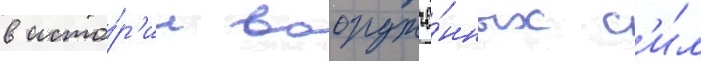
в исто́р'ии вооружё́нных с'и́л